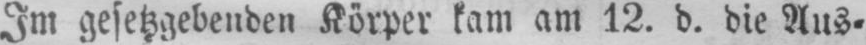
Im gesetzgebenden Körper kam am 12. d. die Aus⸗